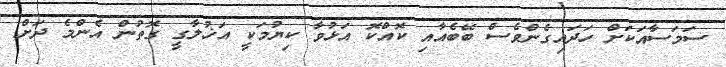
ސަމަސާއަކަށް ހަދައިގެންވެސް ބޭބެއާއި ކޮއްކޮ އަޅުވާ ކިޔުމަކީ އަޚުލާގީ ގޮތުން އެންމެ ދަށް